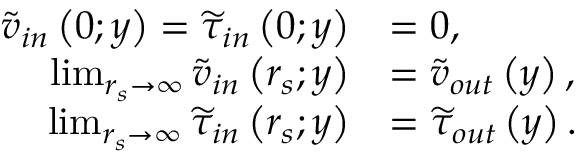
\begin{array} { r l } { \widetilde { v } _ { i n } \left( 0 ; y \right) = \widetilde { \tau } _ { i n } \left( 0 ; y \right) } & { = 0 , } \\ { \operatorname* { l i m } _ { r _ { s } \to \infty } \widetilde { v } _ { i n } \left( r _ { s } ; y \right) } & { = \widetilde { v } _ { o u t } \left( y \right) , } \\ { \operatorname* { l i m } _ { r _ { s } \to \infty } \widetilde { \tau } _ { i n } \left( r _ { s } ; y \right) } & { = \widetilde { \tau } _ { o u t } \left( y \right) . } \end{array}